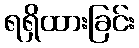
ရရှိထားခြင်း